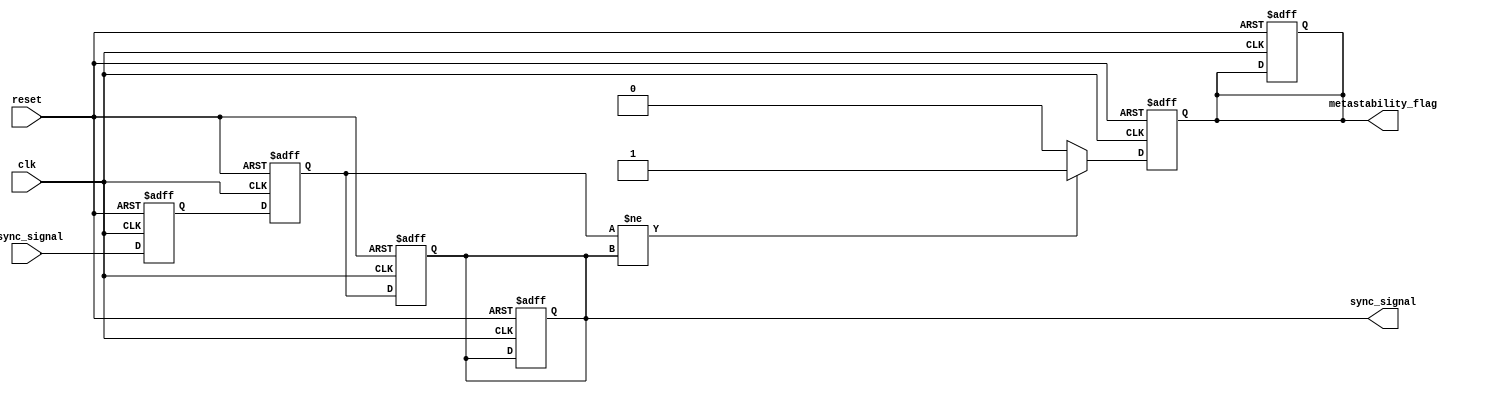
module metastability_detector (
    input wire clk,               // Synchronous clock signal
    input wire async_signal,      // Asynchronous input signal
    input wire reset,             // Reset signal
    output reg sync_signal,       // Synchronized output signal
    output reg metastability_flag  // Metastability indicator
);

    reg async_signal_ff1;         // First flip-flop output
    reg async_signal_ff2;         // Second flip-flop output

    // Edge-triggered D flip-flops
    always @(posedge clk or posedge reset) begin
        if (reset) begin
            async_signal_ff1 <= 1'b0;
            async_signal_ff2 <= 1'b0;
            sync_signal <= 1'b0;
            metastability_flag <= 1'b0;
        end else begin
            async_signal_ff1 <= async_signal; // Sample async_signal
            async_signal_ff2 <= async_signal_ff1; // Sample output of first flip-flop
        end
    end

    // Detect metastability condition
    always @(posedge clk or posedge reset) begin
        if (reset) begin
            sync_signal <= 1'b0;
            metastability_flag <= 1'b0;
        end else begin
            sync_signal <= async_signal_ff2; // Output of the second flip-flop

            // Check for unexpected transitions
            if (async_signal_ff2 != sync_signal) begin
                metastability_flag <= 1'b1; // Indicate potential metastability
            end else begin
                metastability_flag <= 1'b0; // Clear flag if stable
            end
        end
    end

endmodule